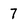
Character: 7